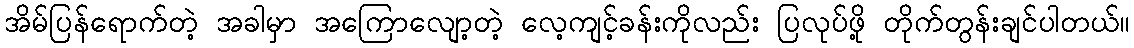
အိမ်ပြန်ရောက်တဲ့ အခါမှာ အကြောလျော့တဲ့ လေ့ကျင့်ခန်းကိုလည်း ပြလုပ်ဖို့ တိုက်တွန်းချင်ပါတယ်။